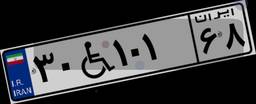
۳۷W۸۹۳۷۲